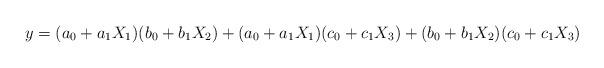
LaTeX: \begin{align*}y=(a_{0}+a_{1}X_{1})(b_{0}+b_{1}X_{2})+(a_{0}+a_{1}X_{1})(c_{0}+c_{1}X_{3})+(b_{0}+b_{1}X_{2})(c_{0}+c_{1}X_{3})\end{align*}